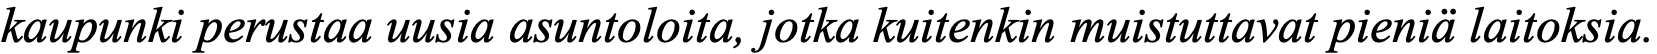
kaupunki perustaa uusia asuntoloita, jotka kuitenkin muistuttavat pieniä laitoksia.